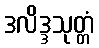
ဒလိဒ္ဒသုတ္တံ